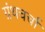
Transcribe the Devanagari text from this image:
ग्रंथचर्चा